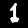
Digit: 1